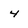
Character: 4